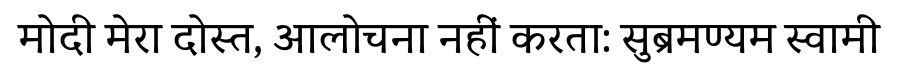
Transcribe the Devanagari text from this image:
मोदी मेरा दोस्त, आलोचना नहीं करता: सुब्रमण्यम स्वामी